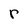
Character: r